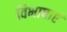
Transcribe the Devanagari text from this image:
विभाषाएं